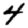
Digit: 4